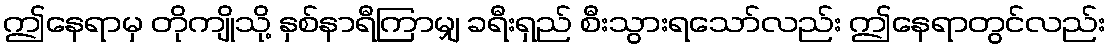
ဤနေရာမှ တိုကျိုသို့ နှစ်နာရီကြာမျှ ခရီးရှည် စီးသွားရသော်လည်း ဤနေရာတွင်လည်း